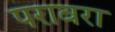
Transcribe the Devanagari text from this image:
परावरा